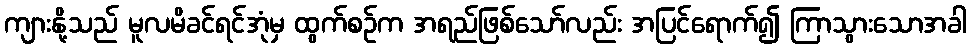
ကျားနို့သည် မူလမိခင်ရင်အုံမှ ထွက်စဉ်က အရည်ဖြစ်သော်လည်း အပြင်ရောက်၍ ကြာသွားသောအခါ